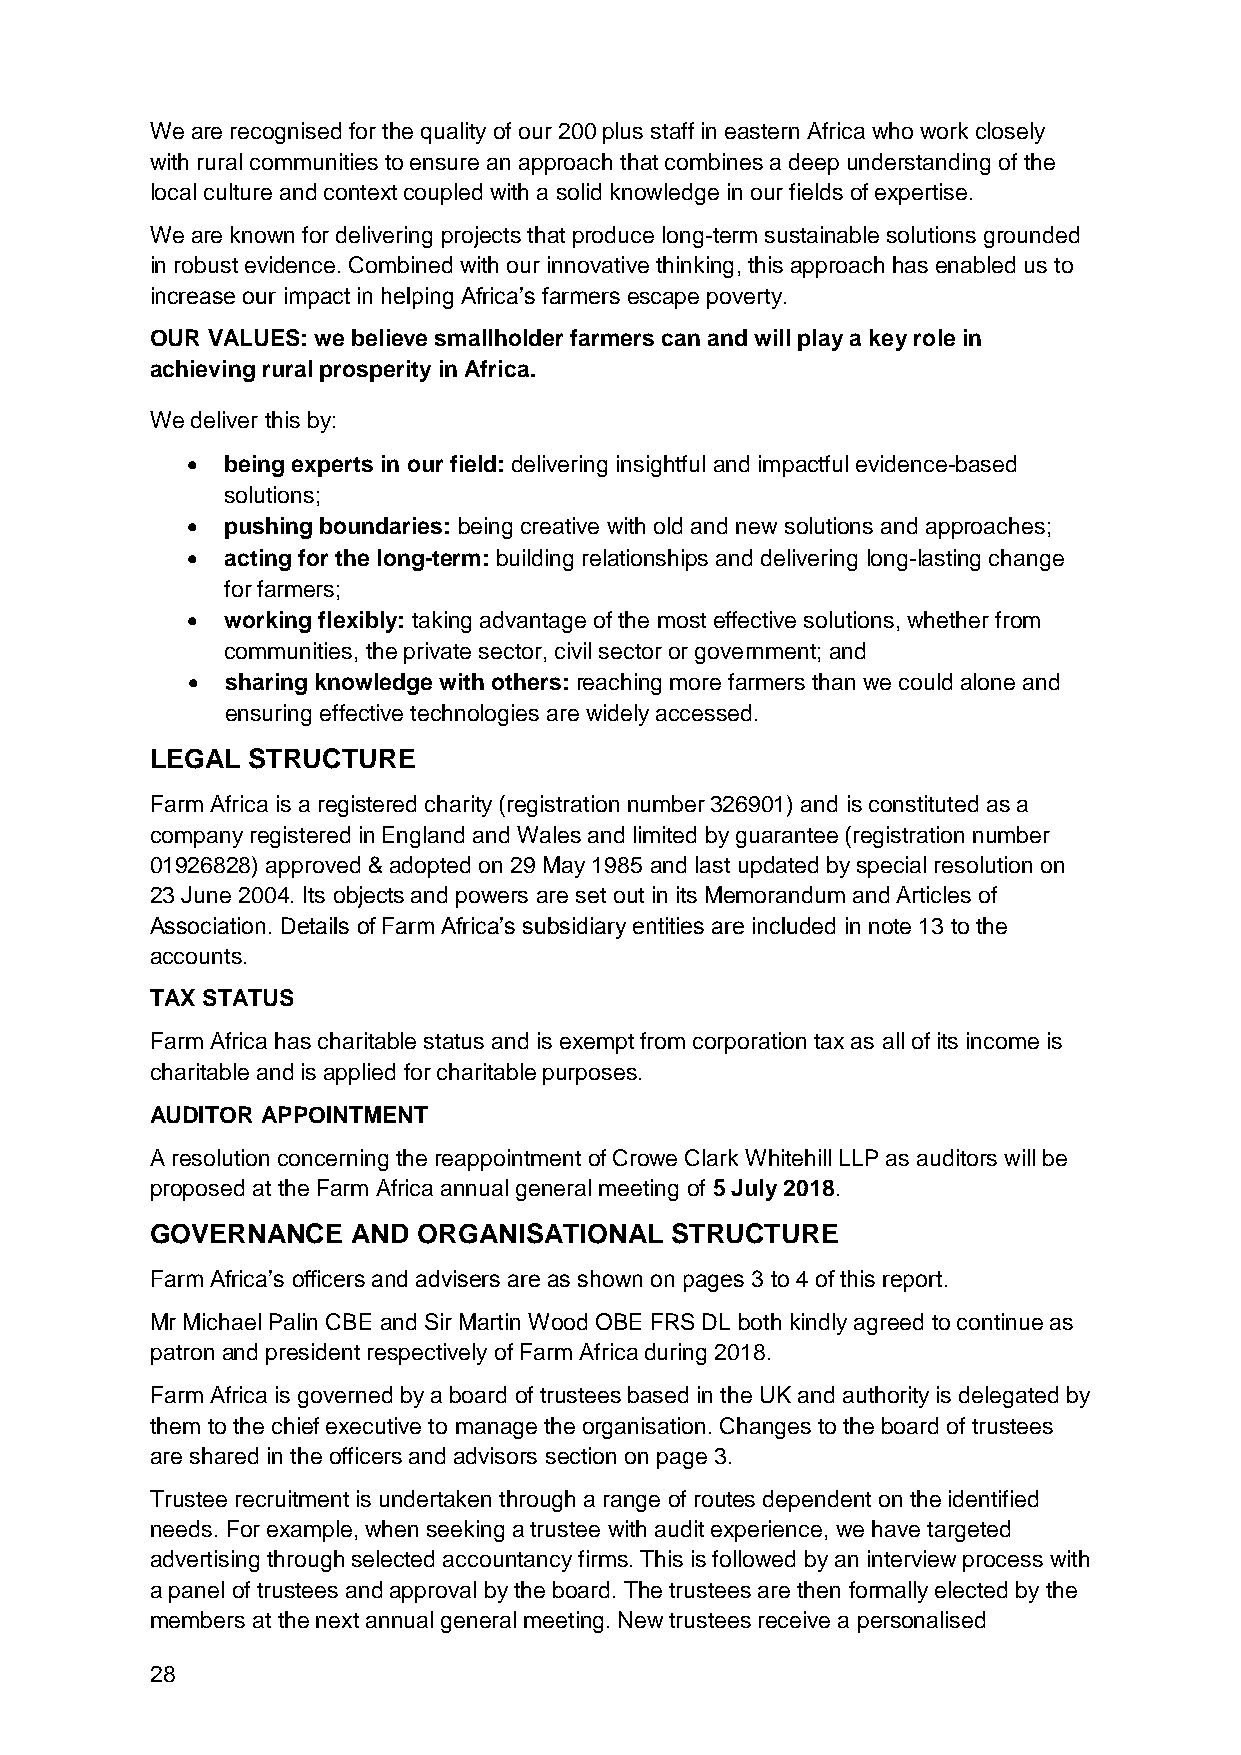
We are recognised for the quality of our 200 plus staff in eastern Africa who work closely
 with rural communities to ensure an approach that combines a deep understanding of the
 local culture and context coupled with a solid knowledge in our fields of expertise.
 We are known for delivering projects that produce long-term sustainable solutions grounded
 in robust evidence. Combined with our innovative thinking, this approach has enabled us to
 increase our impact in helping Africa’s farmers escape poverty.
 OUR VALUES: we believe smallholder farmers can and will play a key role in
 achieving rural prosperity in Africa.
 We deliver this by:
   being experts in our field: delivering insightful and impactful evidence-based
 solutions;
   pushing boundaries: being creative with old and new solutions and approaches;
   acting for the long-term: building relationships and delivering long-lasting change
 for farmers;
   working flexibly: taking advantage of the most effective solutions, whether from
 communities, the private sector, civil sector or government; and
   sharing knowledge with others: reaching more farmers than we could alone and
 ensuring effective technologies are widely accessed.
 LEGAL STRUCTURE
 Farm Africa is a registered charity (registration number 326901) and is constituted as a
 company registered in England and Wales and limited by guarantee (registration number
 01926828) approved & adopted on 29 May 1985 and last updated by special resolution on
 23 June 2004. Its objects and powers are set out in its Memorandum and Articles of
 Association. Details of Farm Africa’s subsidiary entities are included in note 13 to the
 accounts.
 TAX STATUS
 Farm Africa has charitable status and is exempt from corporation tax as all of its income is
 charitable and is applied for charitable purposes.
 AUDITOR APPOINTMENT
 A resolution concerning the reappointment of Crowe Clark Whitehill LLP as auditors will be
 proposed at the Farm Africa annual general meeting of 5 July 2018.
 GOVERNANCE   AND  ORGANISATIONAL  STRUCTURE
 Farm Africa’s officers and advisers are as shown on pages 3 to 4 of this report.
 Mr Michael Palin CBE and Sir Martin Wood OBE FRS DL both kindly agreed to continue as
 patron and president respectively of Farm Africa during 2018.
 Farm Africa is governed by a board of trustees based in the UK and authority is delegated by
 them to the chief executive to manage the organisation. Changes to the board of trustees
 are shared in the officers and advisors section on page 3.
 Trustee recruitment is undertaken through a range of routes dependent on the identified
 needs. For example, when seeking a trustee with audit experience, we have targeted
 advertising through selected accountancy firms. This is followed by an interview process with
 a panel of trustees and approval by the board. The trustees are then formally elected by the
 members at the next annual general meeting. New trustees receive a personalised
 28